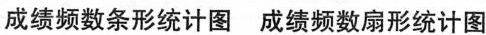
成绩频数条形统计图 成绩频数扇形统计图